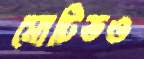
মোটিভও